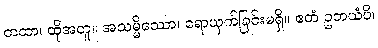
တထာ၊ ထိုအတူ။ အသမ္မိဿော၊ ရောယှက်ခြင်းမရှိ။ ဧတံ ဥဘယံပိ၊